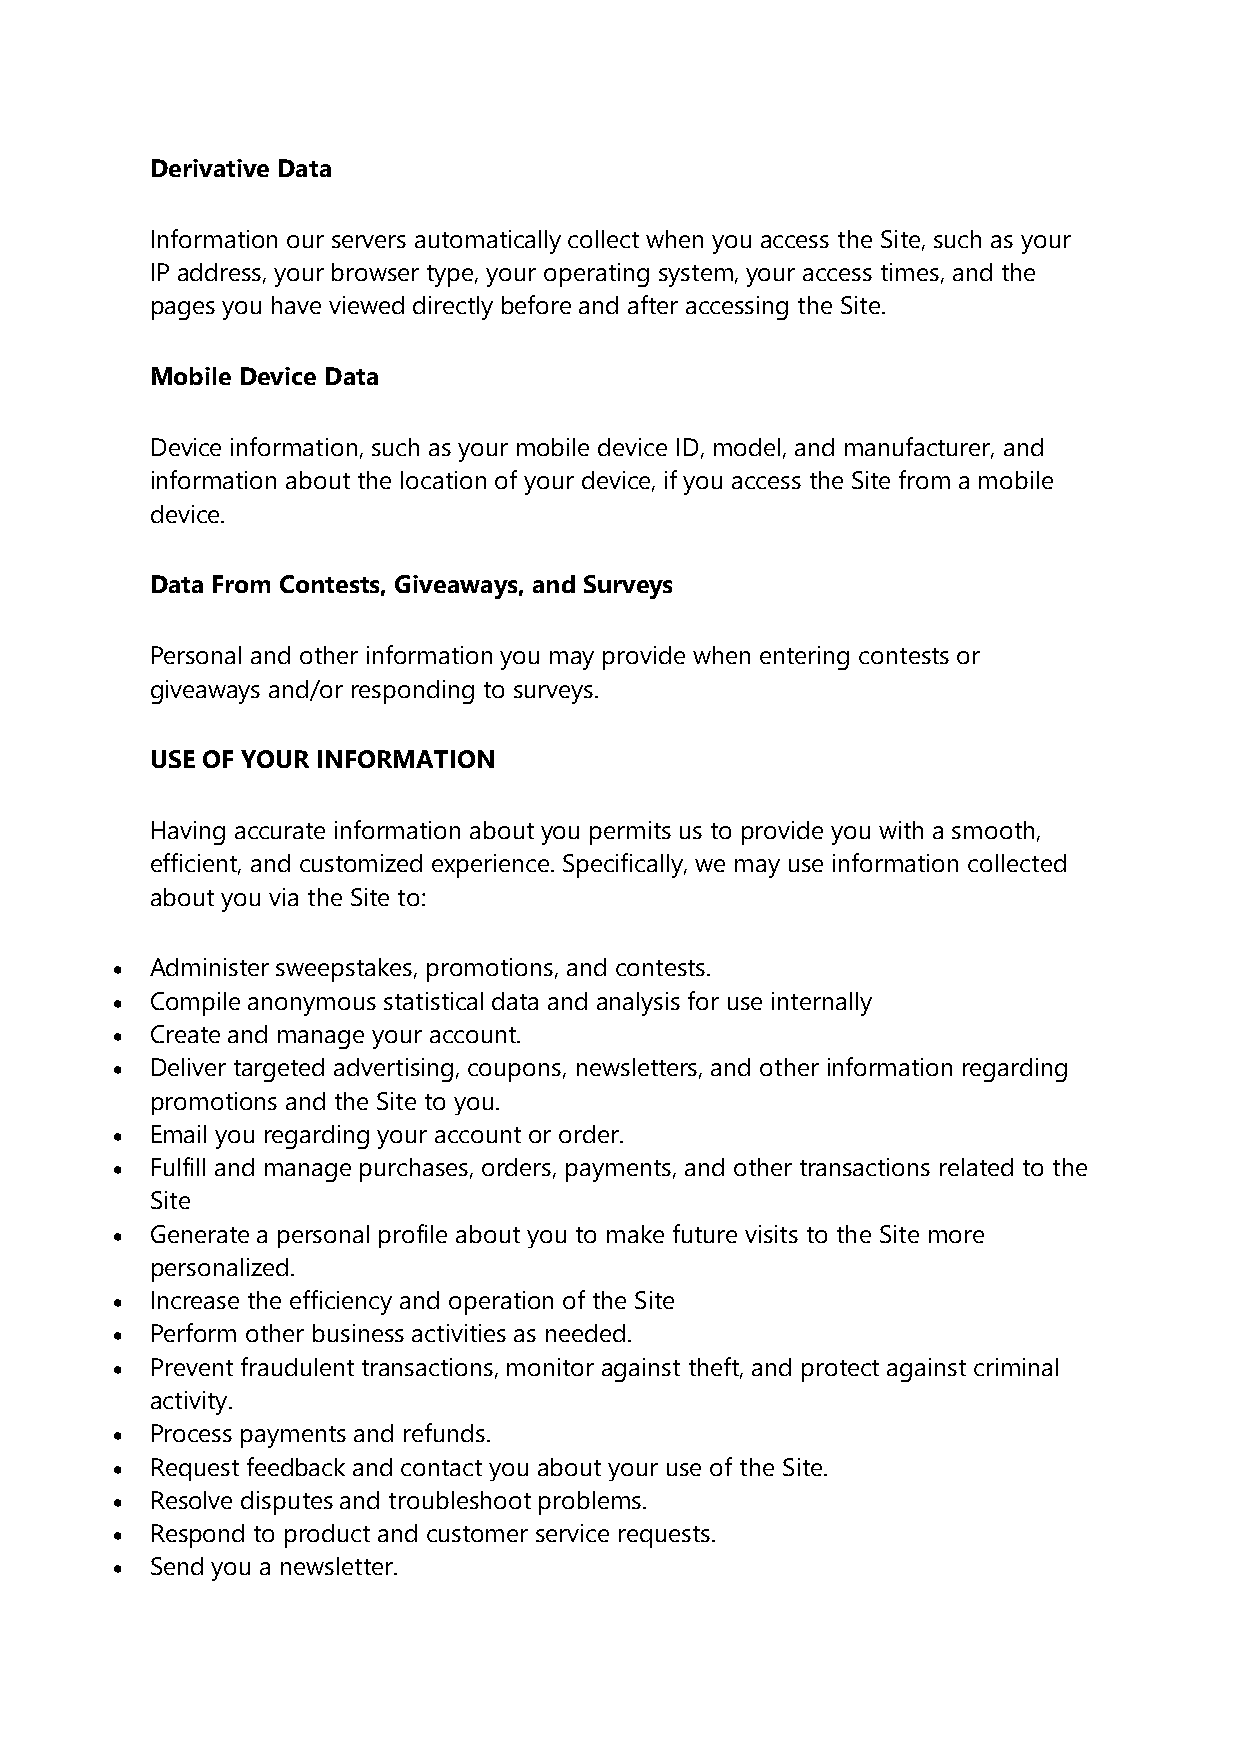
Derivative Data
 Information our servers automatically collect when you access the Site, such as your
 IP address, your browser type, your operating system, your access times, and the
 pages you have viewed directly before and after accessing the Site.
 Mobile Device Data
 Device information, such as your mobile device ID, model, and manufacturer, and
 information about the location of your device, if you access the Site from a mobile
 device.
 Data From Contests, Giveaways, and Surveys
 Personal and other information you may provide when entering contests or
 giveaways and/or responding to surveys.
 USE OF YOUR INFORMATION
 Having accurate information about you permits us to provide you with a smooth,
 efficient, and customized experience. Specifically, we may use information collected
 about you via the Site to:
 •  Administer sweepstakes, promotions, and contests.
 •  Compile anonymous statistical data and analysis for use internally
 •  Create and manage your account.
 •  Deliver targeted advertising, coupons, newsletters, and other information regarding
 promotions and the Site to you.
 •  Email you regarding your account or order.
 •  Fulfill and manage purchases, orders, payments, and other transactions related to the
 Site
 •  Generate a personal profile about you to make future visits to the Site more
 personalized.
 •  Increase the efficiency and operation of the Site
 •  Perform other business activities as needed.
 •  Prevent fraudulent transactions, monitor against theft, and protect against criminal
 activity.
 •  Process payments and refunds.
 •  Request feedback and contact you about your use of the Site.
 •  Resolve disputes and troubleshoot problems.
 •  Respond to product and customer service requests.
 •  Send you a newsletter.